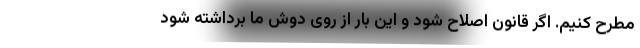
مطرح کنیم. اگر قانون اصلاح شود و این بار از روی دوش ما برداشته شود